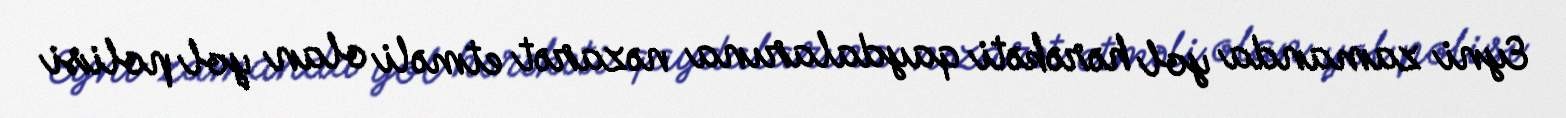
Eyni zamanda yol hərəkəti qaydalarına nəzarət etməli olan yol polisi